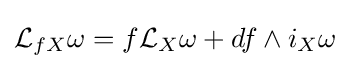
{\mathcal {L}}_{fX}\omega =f{\mathcal {L}}_{X}\omega +df\wedge i_{X}\omega